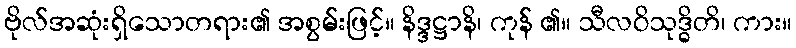
ဗိုလ်အဆုံးရှိသောတရား၏ အစွမ်းဖြင့်။ နိဒ္ဒဋ္ဌာနိ၊ ကုန် ၏။ သီလဝိသုဒ္ဓိတိ၊ ကား။